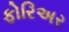
ફોરિઅર